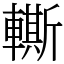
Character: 䡳